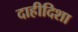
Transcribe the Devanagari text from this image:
दाहीदिशा